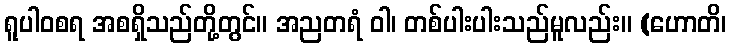
ရူပါဝစရ အစရှိသည်တို့တွင်။ အညတရံ ဝါ၊ တစ်ပါးပါးသည်မူလည်း။ (ဟောတိ၊